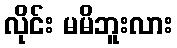
လိုင်း မမိဘူးလား